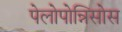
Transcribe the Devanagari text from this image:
पेलोपोन्निसोस